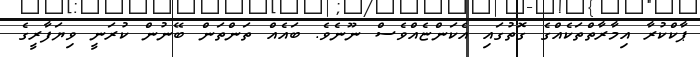
ޕާކްކުރާ އިމާރާތްތަކެއްގެ ގޮތުގައި އެކަންޏެއްވެސް ނޫނެވެ. ބައެއް ތަންތަން ބޭނުން ކުރަނީ ވިޔަފާރީގެ